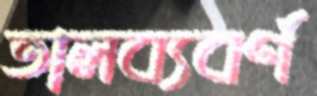
তালব্যবর্ণ